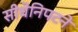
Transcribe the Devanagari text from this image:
सीधेनिपटने